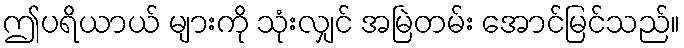
ဤပရိယာယ် များကို သုံးလျှင် အမြဲတမ်း အောင်မြင်သည်။